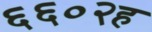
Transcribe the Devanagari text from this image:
६६०२ह